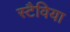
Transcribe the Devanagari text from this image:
स्टैविया